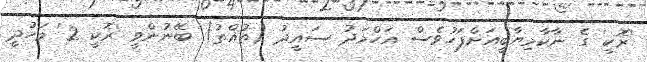
'ރޮކީ' ގެ ނާކާމިޔާބީއަށްފަހުވެސް އަހްމަދު ސައީދު (ތުއްތު) ބޭނުންވީ 'ރޮކީ 2' މަހުދީ